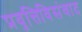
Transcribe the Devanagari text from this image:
प्रवृत्तिविसंवाद